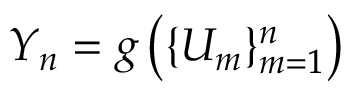
Y _ { n } = g \left( \{ U _ { m } \} _ { m = 1 } ^ { n } \right)